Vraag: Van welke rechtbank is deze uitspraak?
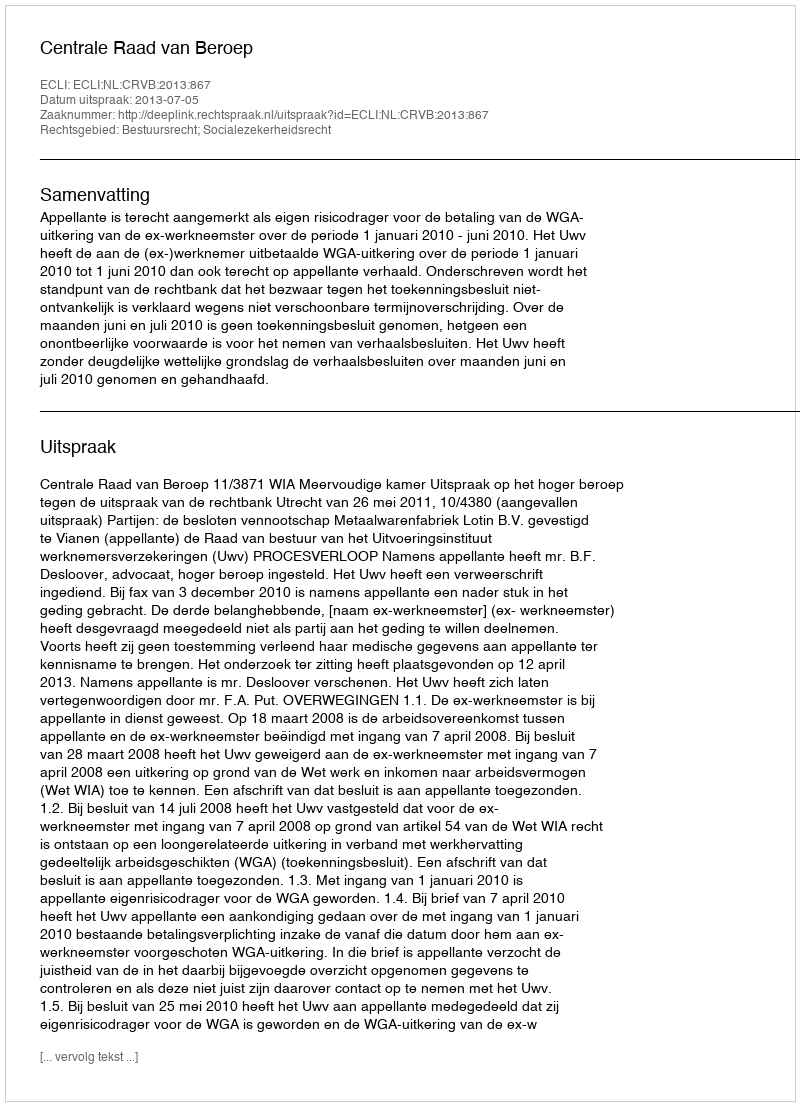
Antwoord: Centrale Raad van Beroep